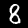
Label: 8